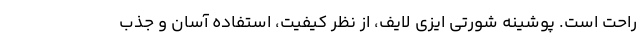
راحت است. پوشینه شورتی ایزی لایف، از نظر کیفیت، استفاده آسان و جذب